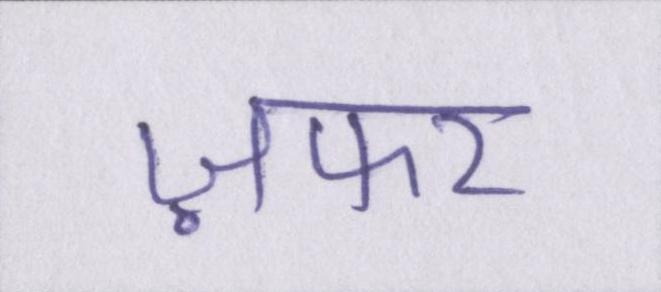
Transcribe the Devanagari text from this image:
ज़फर